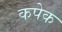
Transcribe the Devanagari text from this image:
कपेक